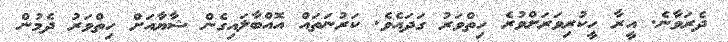
ދެރަވާނެ. އީރާ ހީކުރިވަރަށްވުރެ ހިތްވަރު ގަދައެވެ. ކަރުނަތައް އޮއްބާލައިގެން ޝާޔާއަށް ހިތްވަރު ދެމުން